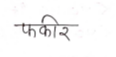
मजकूर: फकीर